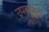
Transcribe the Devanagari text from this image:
उपबहुमुख